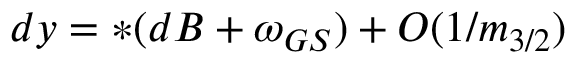
d y = * ( d B + \omega _ { G S } ) + O ( 1 / m _ { 3 / 2 } )